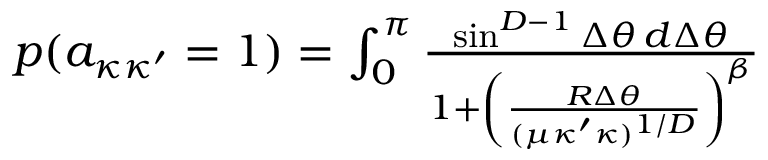
\begin{array} { r } { p ( a _ { \kappa \kappa ^ { \prime } } = 1 ) = \int _ { 0 } ^ { \pi } \frac { \sin ^ { D - 1 } \Delta \theta \, d \Delta \theta } { 1 + \left( \frac { R \Delta \theta } { ( \mu \kappa ^ { \prime } \kappa ) ^ { 1 / D } } \right) ^ { \beta } } } \end{array}